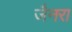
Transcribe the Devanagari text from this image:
जैनरा